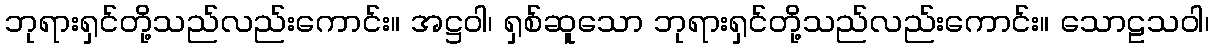
ဘုရားရှင်တို့သည်လည်းကောင်း။ အဋ္ဌဝါ၊ ရှစ်ဆူသော ဘုရားရှင်တို့သည်လည်းကောင်း။ သောဠသဝါ၊